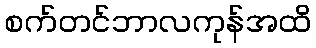
စက်တင်ဘာလကုန်အထိ